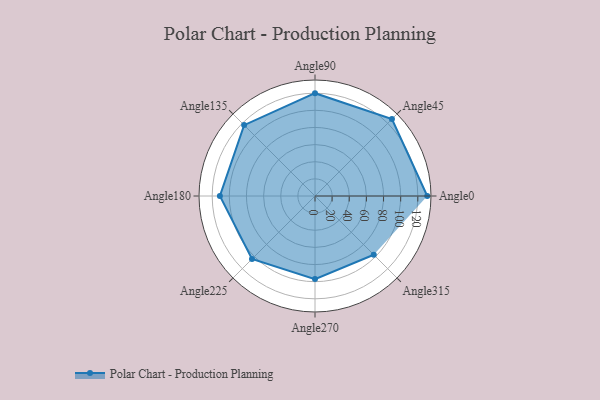
{"axis": {"x": "Angle", "y": "Radius"}, "legend": [""], "data": [{"x": "Angle0", "y": 131.0, "type": ""}, {"x": "Angle45", "y": 127.0, "type": ""}, {"x": "Angle90", "y": 120.0, "type": ""}, {"x": "Angle135", "y": 117.0, "type": ""}, {"x": "Angle180", "y": 111.0, "type": ""}, {"x": "Angle225", "y": 104.0, "type": ""}, {"x": "Angle270", "y": 97.0, "type": ""}, {"x": "Angle315", "y": 97.0, "type": ""}]}